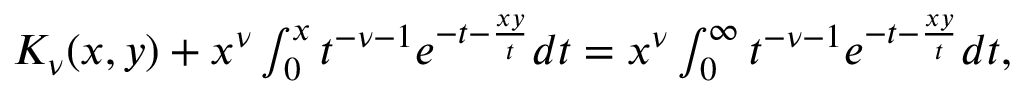
\begin{array} { r } { K _ { \nu } ( x , y ) + x ^ { \nu } \int _ { 0 } ^ { x } t ^ { - \nu - 1 } e ^ { - t - \frac { x y } { t } } d t = x ^ { \nu } \int _ { 0 } ^ { \infty } t ^ { - \nu - 1 } e ^ { - t - \frac { x y } { t } } d t , } \end{array}